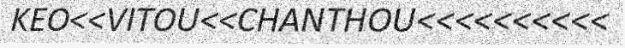
KEO<<VITOU<<CHANTHOU<<<<<<<<<<